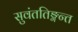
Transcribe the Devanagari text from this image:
सुवंततिङ्गन्त